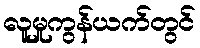
လူမှုကွန်ယက်တွင်